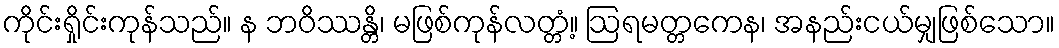
ကိုင်းရှိုင်းကုန်သည်။ န ဘဝိဿန္တိ၊ မဖြစ်ကုန်လတ္တံ့။ ဩရမတ္တကေန၊ အနည်းငယ်မျှဖြစ်သော။